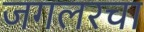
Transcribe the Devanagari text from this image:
जगलरचा